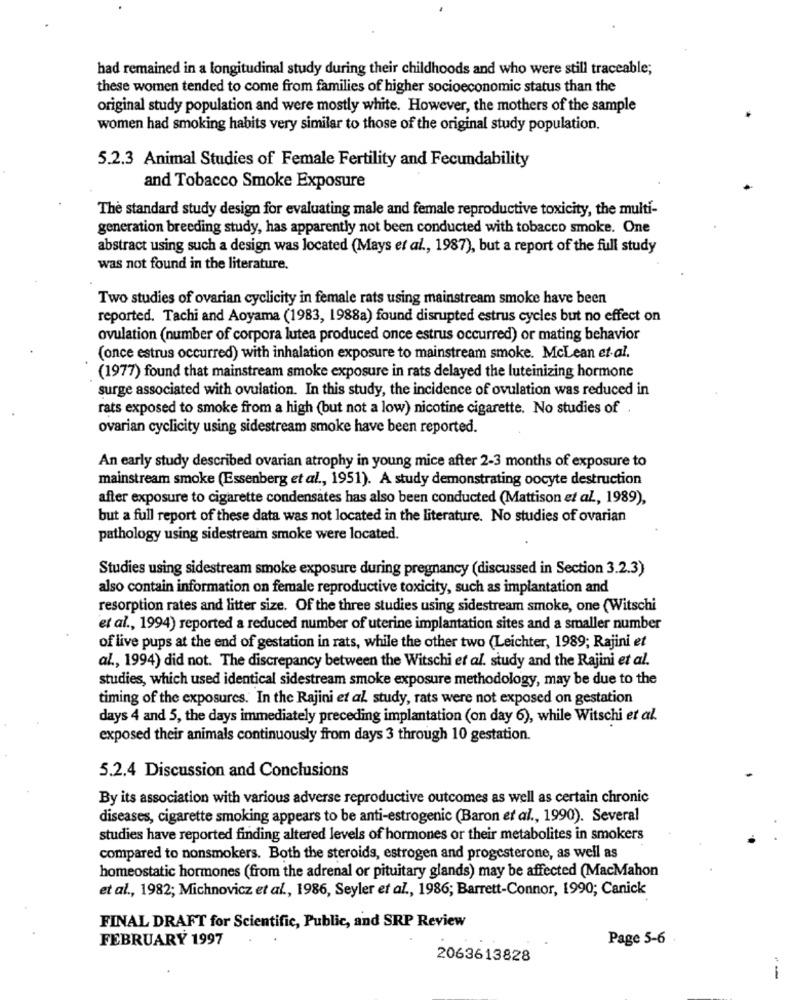
had remained in a longitudinal study during their childhoods and who were still traceable;
these women tended to come from families of higher socioeconomic status than the
original study population and were mostly white. However, the mothers of the sample
women had smoking habits very similar to those of the original study population.
5.2.3 Animal Studies of Female Fertility and Fecundability
and Tobacco Smoke Exposure
The standard study design for evaluating male and female reproductive toxicity, the multi-
generation breeding study, has apparently not been conducted with tobacco smoke. One
abstract using such a design was located (Mays et al ., 1987), but a report of the full study
was not found in the literature.
Two studies of ovarian cyclicity in female rats using mainstream smoke have been
reported. Tachi and Aoyama (1983, 1988a) found disrupted estrus cycles but no effect on
ovulation (number of corpora lutea produced once estrus occurred) or mating behavior
(once estrus occurred) with inhalation exposure to mainstream smoke. McLean et al.
(1977) found that mainstream smoke exposure in rats delayed the luteinizing hormone
surge associated with ovulation. In this study, the incidence of ovulation was reduced in
rats exposed to smoke from a high (but not a low) nicotine cigarette. No studies of .
ovarian cyclicity using sidestream smoke have been reported.
An early study described ovarian atrophy in young mice after 2-3 months of exposure to
mainstream smoke (Essenberg et al ., 1951). A study demonstrating oocyte destruction
after exposure to cigarette condensates has also been conducted (Mattison et al ., 1989),
but a full report of these data was not located in the literature. No studies of ovarian
pathology using sidestream smoke were located.
Studies using sidestream smoke exposure during pregnancy (discussed in Section 3.2.3)
also contain information on female reproductive toxicity, such as implantation and
resorption rates and litter size. Of the three studies using sidestream smoke, one (Witschi
et al ., 1994) reported a reduced number of uterine implantation sites and a smaller number
of live pups at the end of gestation in rats, while the other two (Leichter, 1989; Rajini et
al ., 1994) did not. The discrepancy between the Witschi et al. study and the Rajini et al.
studies, which used identical sidestream smoke exposure methodology, may be due to the
timing of the exposures. In the Rajini et al. study, rats were not exposed on gestation
days 4 and 5, the days immediately preceding implantation (on day 6), while Witschi et al.
exposed their animals continuously from days 3 through 10 gestation.
5.2.4 Discussion and Conclusions
By its association with various adverse reproductive outcomes as well as certain chronic
diseases, cigarette smoking appears to be anti-estrogenic (Baron et al ., 1990). Several
studies have reported finding altered levels of hormones or their metabolites in smokers
compared to nonsmokers. Both the steroids, estrogen and progesterone, as well as
homeostatic hormones (from the adrenal or pituitary glands) may be affected (MacMahon
et al ., 1982; Michnovicz et al ., 1986, Seyler et al ., 1986; Barrett-Connor, 1990; Canick
FINAL DRAFT for Scientific, Public, and SRP Review
FEBRUARY 1997
Page 5-6
2063613828
-